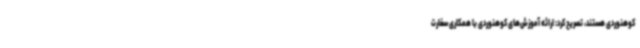
کوهنوردی هستند، تصریح کرد: ارائه آموزش‌های کوهنوردی با همکاری سفارت